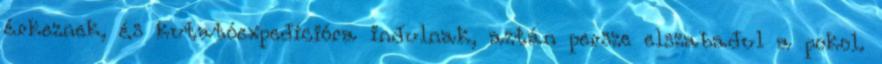
érkeznek, és kutatóexpedícióra indulnak, aztán persze elszabadul a pokol.